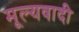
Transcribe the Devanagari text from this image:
मूल्यवादी